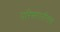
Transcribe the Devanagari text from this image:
परिसरातीलच